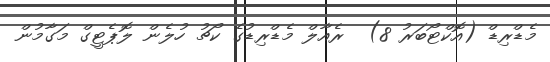
މެޑްރިޑް (އޮކްޓޯބަރު 8)  ރެއާލް މެޑްރިޑުގެ ކޯޗު ހުލެން ލޮޕެޓީގް މަގާމުން